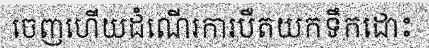
ចេញហើយដំណើរការបឺតយកទឹកដោះ